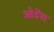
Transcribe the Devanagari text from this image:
ओडेंस